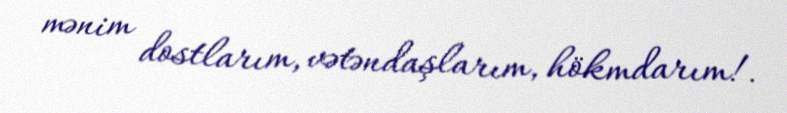
mənim dostlarım, vətəndaşlarım, hökmdarım!.